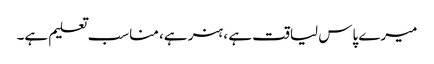
میرے پاس لیاقت ہے ، ہنر ہے، مناسب تعلیم ہے۔